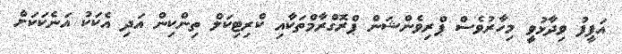
އަފީފު ވިދާޅުވީ މިހާރުވެސް ޕްރިވެންޝަން ޕްރޮގްރާމްތަކާއި ކްރިޓިކަލް ތިންކިން އަދި އެކަކު އަނެކަކަށް